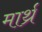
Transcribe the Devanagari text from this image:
मार्थ्र